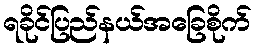
ရခိုင်ပြည်နယ်အခြေစိုက်